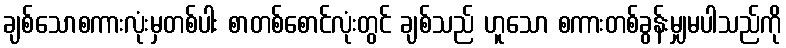
ချစ်သောစကားလုံးမှတစ်ပါး စာတစ်စောင်လုံးတွင် ချစ်သည် ဟူသော စကားတစ်ခွန်းမျှမပါသည်ကို